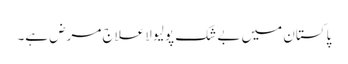
پاکستان میں بے شک پولیو لاعلاج مرض ہے۔